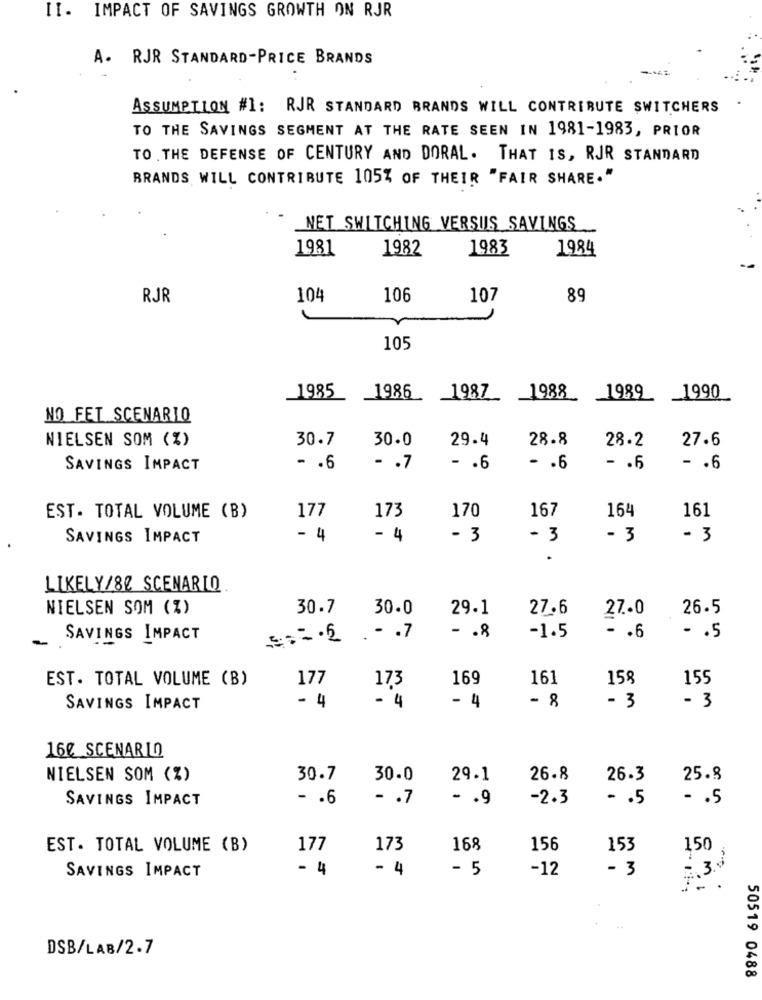
II. IMPACT OF SAVINGS GROWTH ON RJR
A. RJR STANDARD-PRICE BRANDS
ASSUMPTION #1: RJR STANDARD BRANDS WILL CONTRIBUTE SWITCHERS
TO THE SAVINGS SEGMENT AT THE RATE SEEN IN 1981-1983, PRIOR
TO THE DEFENSE OF CENTURY AND DORAL. THAT IS, RJR STANDARD
BRANDS WILL CONTRIBUTE 105% OF THEIR "FAIR SHARE."
NET SWITCHING VERSUS SAVINGS
1981
1982
1983
1984
RJR
104
106
107
89
105
1985
1986
1987
1988
1989
_1990
NO FET SCENARIO
NIELSEN SOM (%)
30.7
30.0
29.4
28.8
28.2
27.6
SAVINGS IMPACT
- . 6
- . 7
- . 6
- . 6
- . 6
- . 6
173
167
164
161
EST. TOTAL VOLUME (B)
177
170
SAVINGS IMPACT
- 4
- 4
- 3
- 3
- 3
- 3
.
LIKELY/80 SCENARIO
NIELSEN SOM (%)
30.7
30.0
29.1
27.6
27.0
26.5
SAVINGS IMPACT
. . . 7
- . 8
-1.5
- . 6
- . 5
EST. TOTAL VOLUME (B)
177
169
161
158
155
173
- 4
- 4
- 4
- 8
- 3
SAVINGS IMPACT
- 3
16₡ SCENARIO
NIELSEN SOM (%)
30.7
30.0
29.1
26.8
26.3
25.8
SAVINGS IMPACT
- . 6
- . 7
- . 9
-2.3
- . 5
- . 5
EST. TOTAL VOLUME (B)
177
173
168
156
153
150
- 4
- 4
- 5
-12
- 3
SAVINGS IMPACT
DSB/LAB/2.7
50519 0488